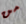
من